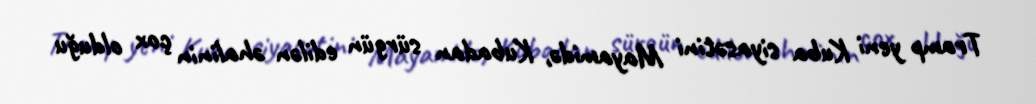
Tramp yeni Kuba siyasətini Mayamidə, Kubadan sürgün edilən əhalinin çox olduğu